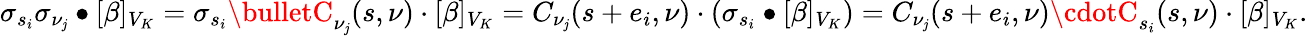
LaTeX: \sigma_{s_{i}}\sigma_{\nu_{\mathit{j}}}\bullet[\beta]_{V_{K}}=\sigma_{s_{i}}\bulletC_{\nu_{\mathit{j}}}(s,\nu)\cdot[\beta]_{V_{K}}=C_{\nu_{\mathit{j}}}(s+e_{i},\nu)\cdot(\sigma_{s_{i}}\bullet[\beta]_{V_{K}})=C_{\nu_{\mathit{j}}}(s+e_{i},\nu)\cdotC_{s_{i}}(s,\nu)\cdot[\beta]_{V_{K}}.